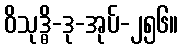
ဝိသုဒ္ဓိ-ဒု-အုပ်-၂၅၆။